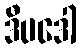
ဒီပဒေါ